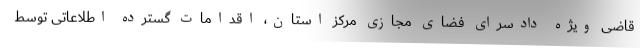
قاضی ویژه دادسرای فضای مجازی مرکز استان، اقدامات گسترده اطلاعاتی توسط